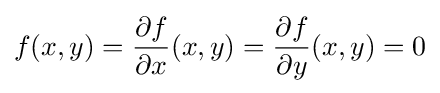
f(x,y)={\frac {\partial f}{\partial x}}(x,y)={\frac {\partial f}{\partial y}}(x,y)=0